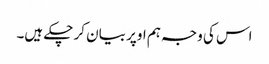
اس کی وجہ ہم اوپر بیان کر چکے ہیں۔